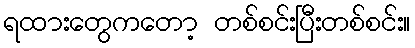
ရထားတွေကတော့ တစ်စင်းပြီးတစ်စင်း။